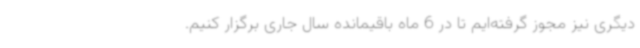
دیگری نیز مجوز گرفته‌ایم تا در 6 ماه باقیمانده سال جاری برگزار کنیم.